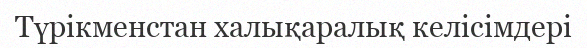
Түрікменстан халықаралық келісімдері